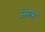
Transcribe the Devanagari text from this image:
जेरल